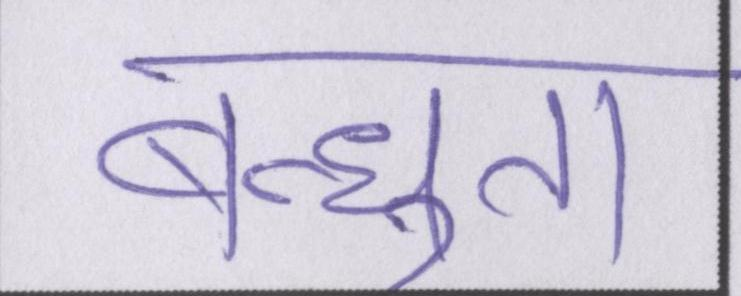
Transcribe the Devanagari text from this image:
बन्धुता